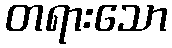
တရားသော